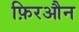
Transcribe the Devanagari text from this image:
फ़िरऔन